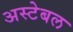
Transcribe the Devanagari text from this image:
अस्टेबल